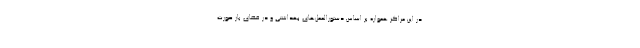
در این مراکز همواره بر اساس دستورالعمل‌های بهداشتی و در فضای باز صورت